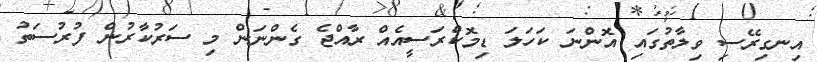
އިނގިރޭސި ވިލާތުގައި އޮންނަ ކަހަލަ ޑިމޮކްރަސީއެއް ރާއްޖެ ގެންނަން މި ސަރުކާރުން ފުރުސަތު